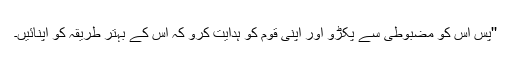
''پس اس کو مضبوطی سے پکڑو اور اپنی قوم کو ہدایت کرو کہ اس کے بہتر طریقہ کو اپنائیں۔